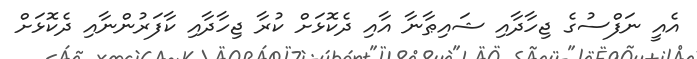
އެއީ ނަފްސުގެ ޖިހާދާއި ޝައިޠާނާ އާއި ދެކޮޅަށް ކުރާ ޖިހާދާއި ކާފަރުންނާއި ދެކޮޅަށް